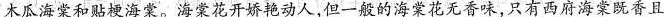
木瓜海棠和贴梗海棠。海棠花开娇艳动人，但一般的海棠花无香味，只有西府海棠既香且